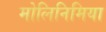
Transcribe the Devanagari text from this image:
मोलिनिमिया